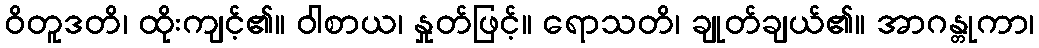
ဝိတူဒတိ၊ ထိုးကျင့်၏။ ဝါစာယ၊ နှုတ်ဖြင့်။ ရောသတိ၊ ချုတ်ချယ်၏။ အာဂန္တုကာ၊